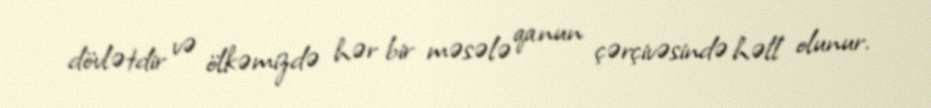
dövlətdir və ölkəmizdə hər bir məsələ qanun çərçivəsində həll olunur.